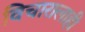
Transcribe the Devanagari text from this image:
विचारालाही